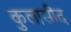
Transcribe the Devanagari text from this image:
कुलासीद